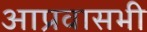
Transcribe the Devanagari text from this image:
आप्रवासभी